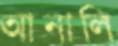
আনালি